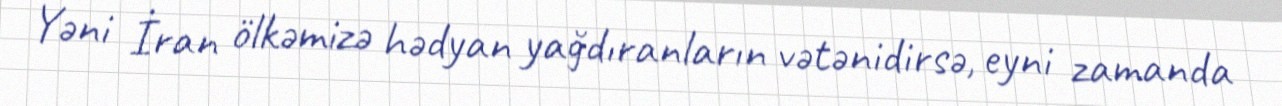
Yəni İran ölkəmizə hədyan yağdıranların vətənidirsə, eyni zamanda